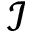
\mathcal { I }